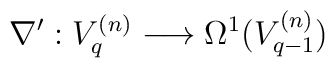
\nabla^\prime : V^{(n)}_q\longrightarrow \Omega^1(V^{(n)}_{q-1})